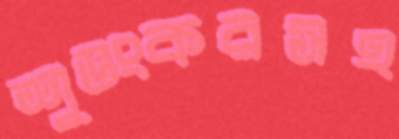
শুভংকরসহ